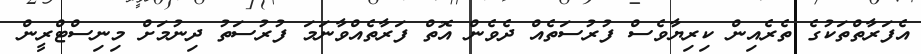
އެފަރާތްތަކުގެ ތެރެއިން ކިރިޔާވެސް ފުރުސަތެއް ދެވެން އޮތް ފަރާތެއްވާނަމަ ފުރުސަތު ދިނުމަށް މިނިސްޓްރީން